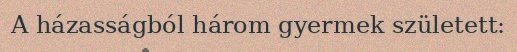
A házasságból három gyermek született: